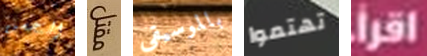
التحسن مقتل بالموسيقى تهتموا إقرأ